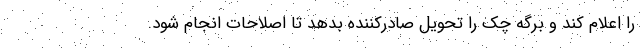
را اعلام کند و برگه چک را تحویل صادرکننده بدهد تا اصلاحات انجام شود.